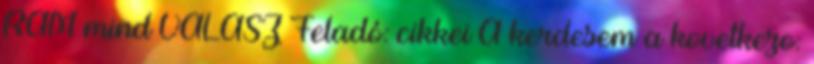
RAM mind VÁLASZ Feladó: cikkei A kerdesem a kovetkezo: